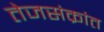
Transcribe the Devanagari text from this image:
तेजसंक्रांत